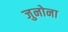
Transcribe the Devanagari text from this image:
जुनोना